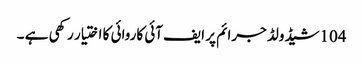
104شیڈولڈ جرائم پر ایف آئی کاروائی کا اختیار رکھی ہے ۔